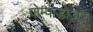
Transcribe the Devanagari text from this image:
पोम्पाडोअर